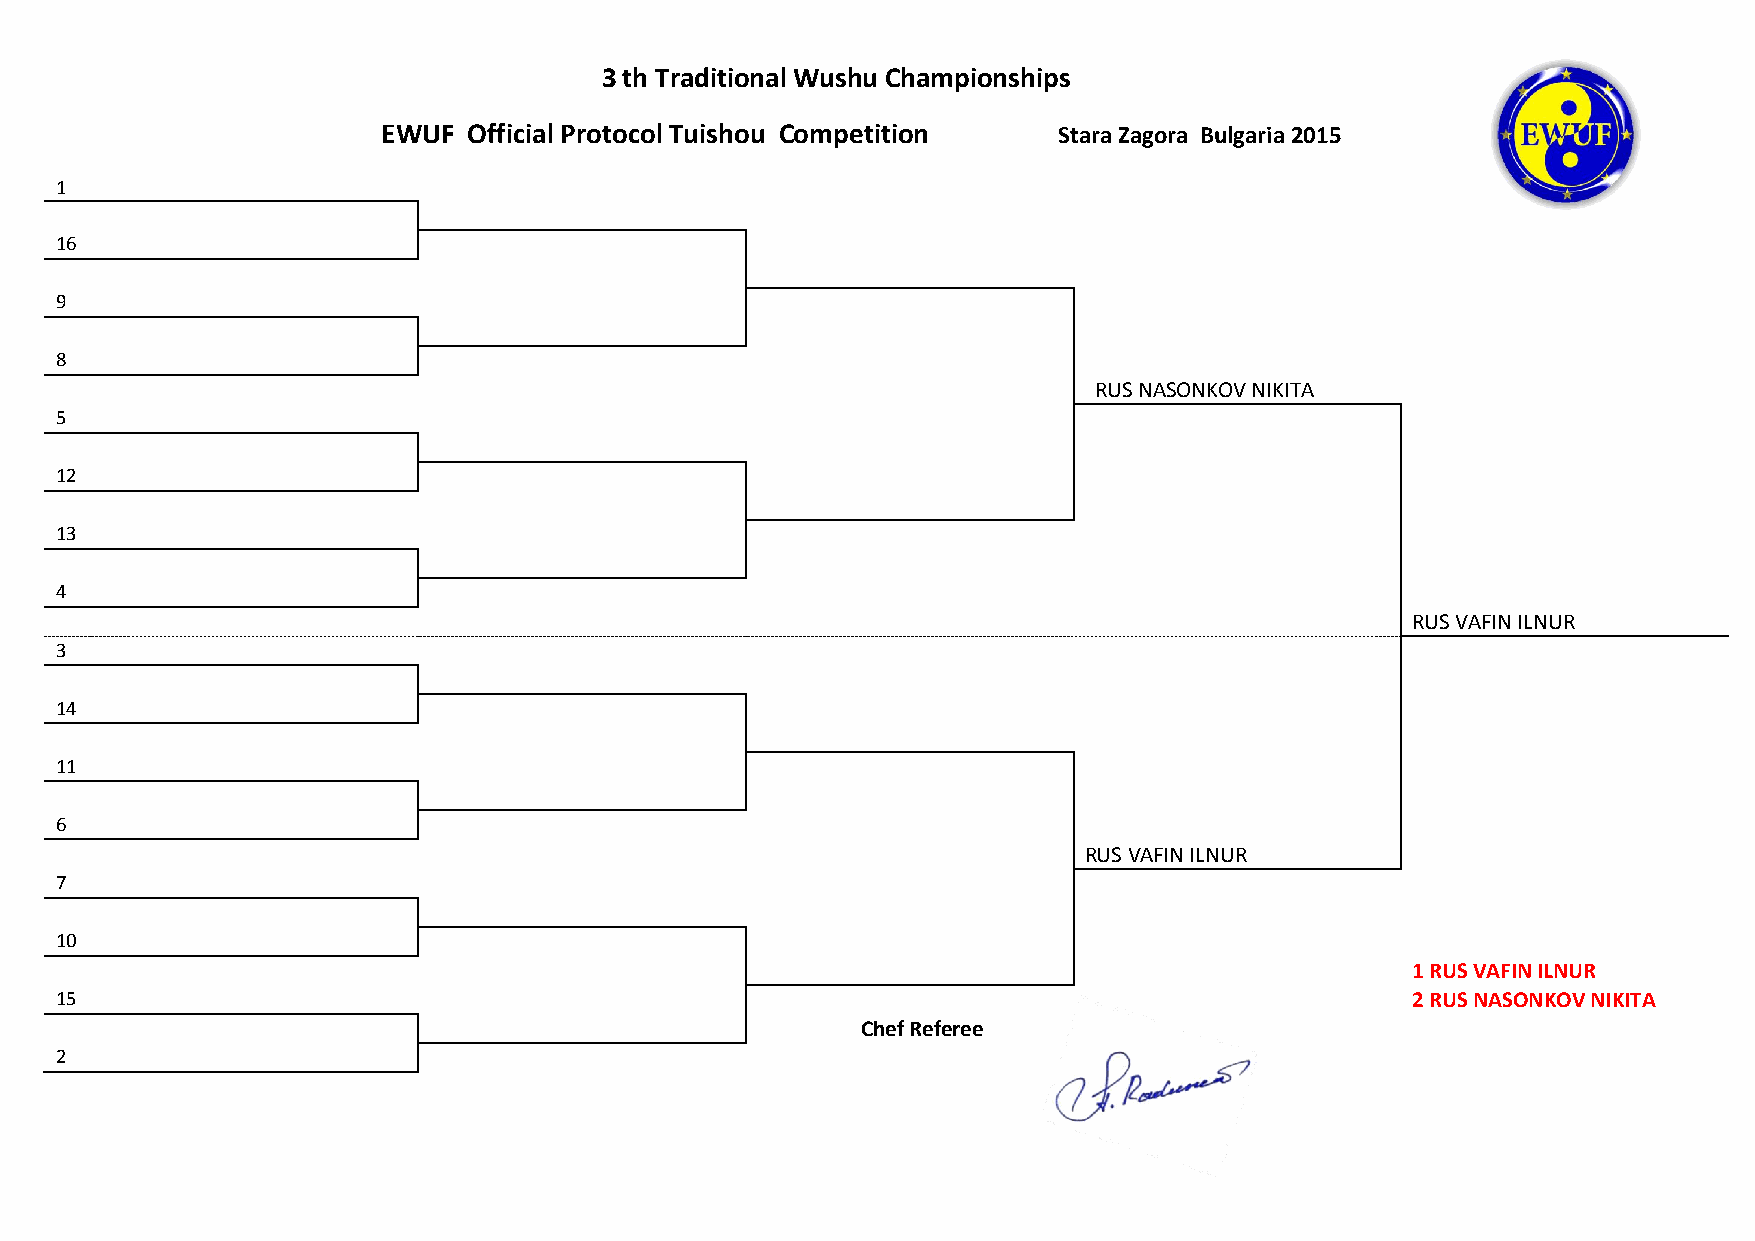
3 th Traditional Wushu Championships
 EWUF  Official Protocol Tuishou Competition  Stara Zagora Bulgaria 2015
 1
 16
 9
 8
 RUS NASONKOV NIKITA
 5
 12
 13
 4
 RUS VAFIN ILNUR
 3
 14
 11
 6
 RUS VAFIN ILNUR
 7
 10
 1 RUS VAFIN ILNUR
 15                                                                                       2 RUS NASONKOV NIKITA
 Chef Referee
 2